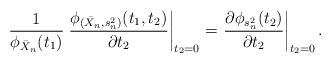
LaTeX: \begin{align*} \frac{1}{\phi_{\bar X_n}(t_1)} \left. \frac{ \phi_{(\bar X_n,s_n^2)}(t_1, t_2) }{\partial t_2} \right|_{t_2=0} =\left. \frac{ \partial \phi_{s_n^2}(t_2) }{\partial t_2} \right|_{t_2=0}.\end{align*}